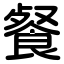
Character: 餐